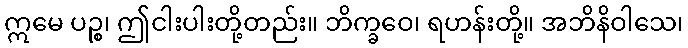
ဣမေ ပဉ္စ၊ ဤငါးပါးတို့တည်း။ ဘိက္ခဝေ၊ ရဟန်းတို့။ အဘိနိဝါသေ၊